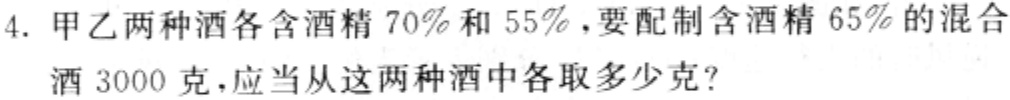
4. 甲乙两种酒各含酒精70%和55%，要配制含酒精65%的混合酒3000克，应当从这两种酒中各取多少克？